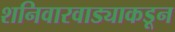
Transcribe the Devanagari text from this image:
शनिवारवाड्याकडून